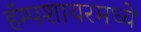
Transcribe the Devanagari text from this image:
हॅम्पशायरमध्ये